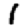
Digit: 1